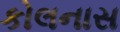
કોલનાસ